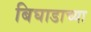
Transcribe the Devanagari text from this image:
बिघाडाच्या